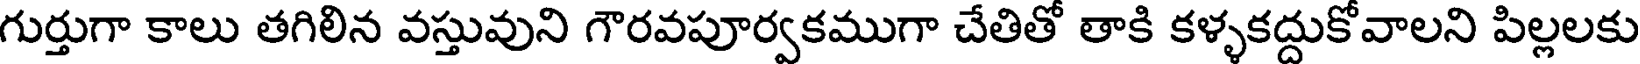
గుర్తుగా కాలు తగిలిన వస్తువుని గౌరవపూర్వకముగా చేతితో తాకి కళ్ళకద్దుకోవాలని పిల్లలకు